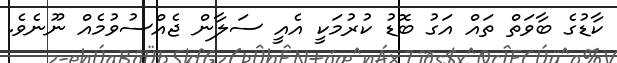
ކާޑުގެ ބާވަތް ތައް އަގު ބޮޑު ކުރުމަކީ އެއީ ސަލާން ޖެއްސުވުމެއް ނޫނެވެ.